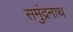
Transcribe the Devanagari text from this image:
समुंद्रनाथ